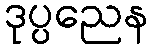
ဒုပ္ပညေန